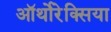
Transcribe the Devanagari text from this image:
ऑर्थोरेक्सिया